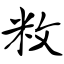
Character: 敉